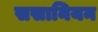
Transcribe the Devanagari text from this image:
ससानियन